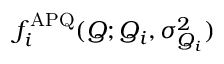
f _ { i } ^ { \mathrm { A P Q } } ( Q ; Q _ { i } , \sigma _ { Q _ { i } } ^ { 2 } )